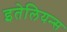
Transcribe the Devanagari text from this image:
इतेलियन्स